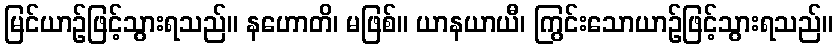
မြင်ယာဉ်ဖြင့်သွားရသည်။ နဟောတိ၊ မဖြစ်။ ယာနယာယီ၊ ကြွင်းသောယာဉ်ဖြင့်သွားရသည်။